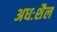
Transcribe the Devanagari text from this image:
अधःशैल